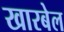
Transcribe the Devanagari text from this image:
खारबेल